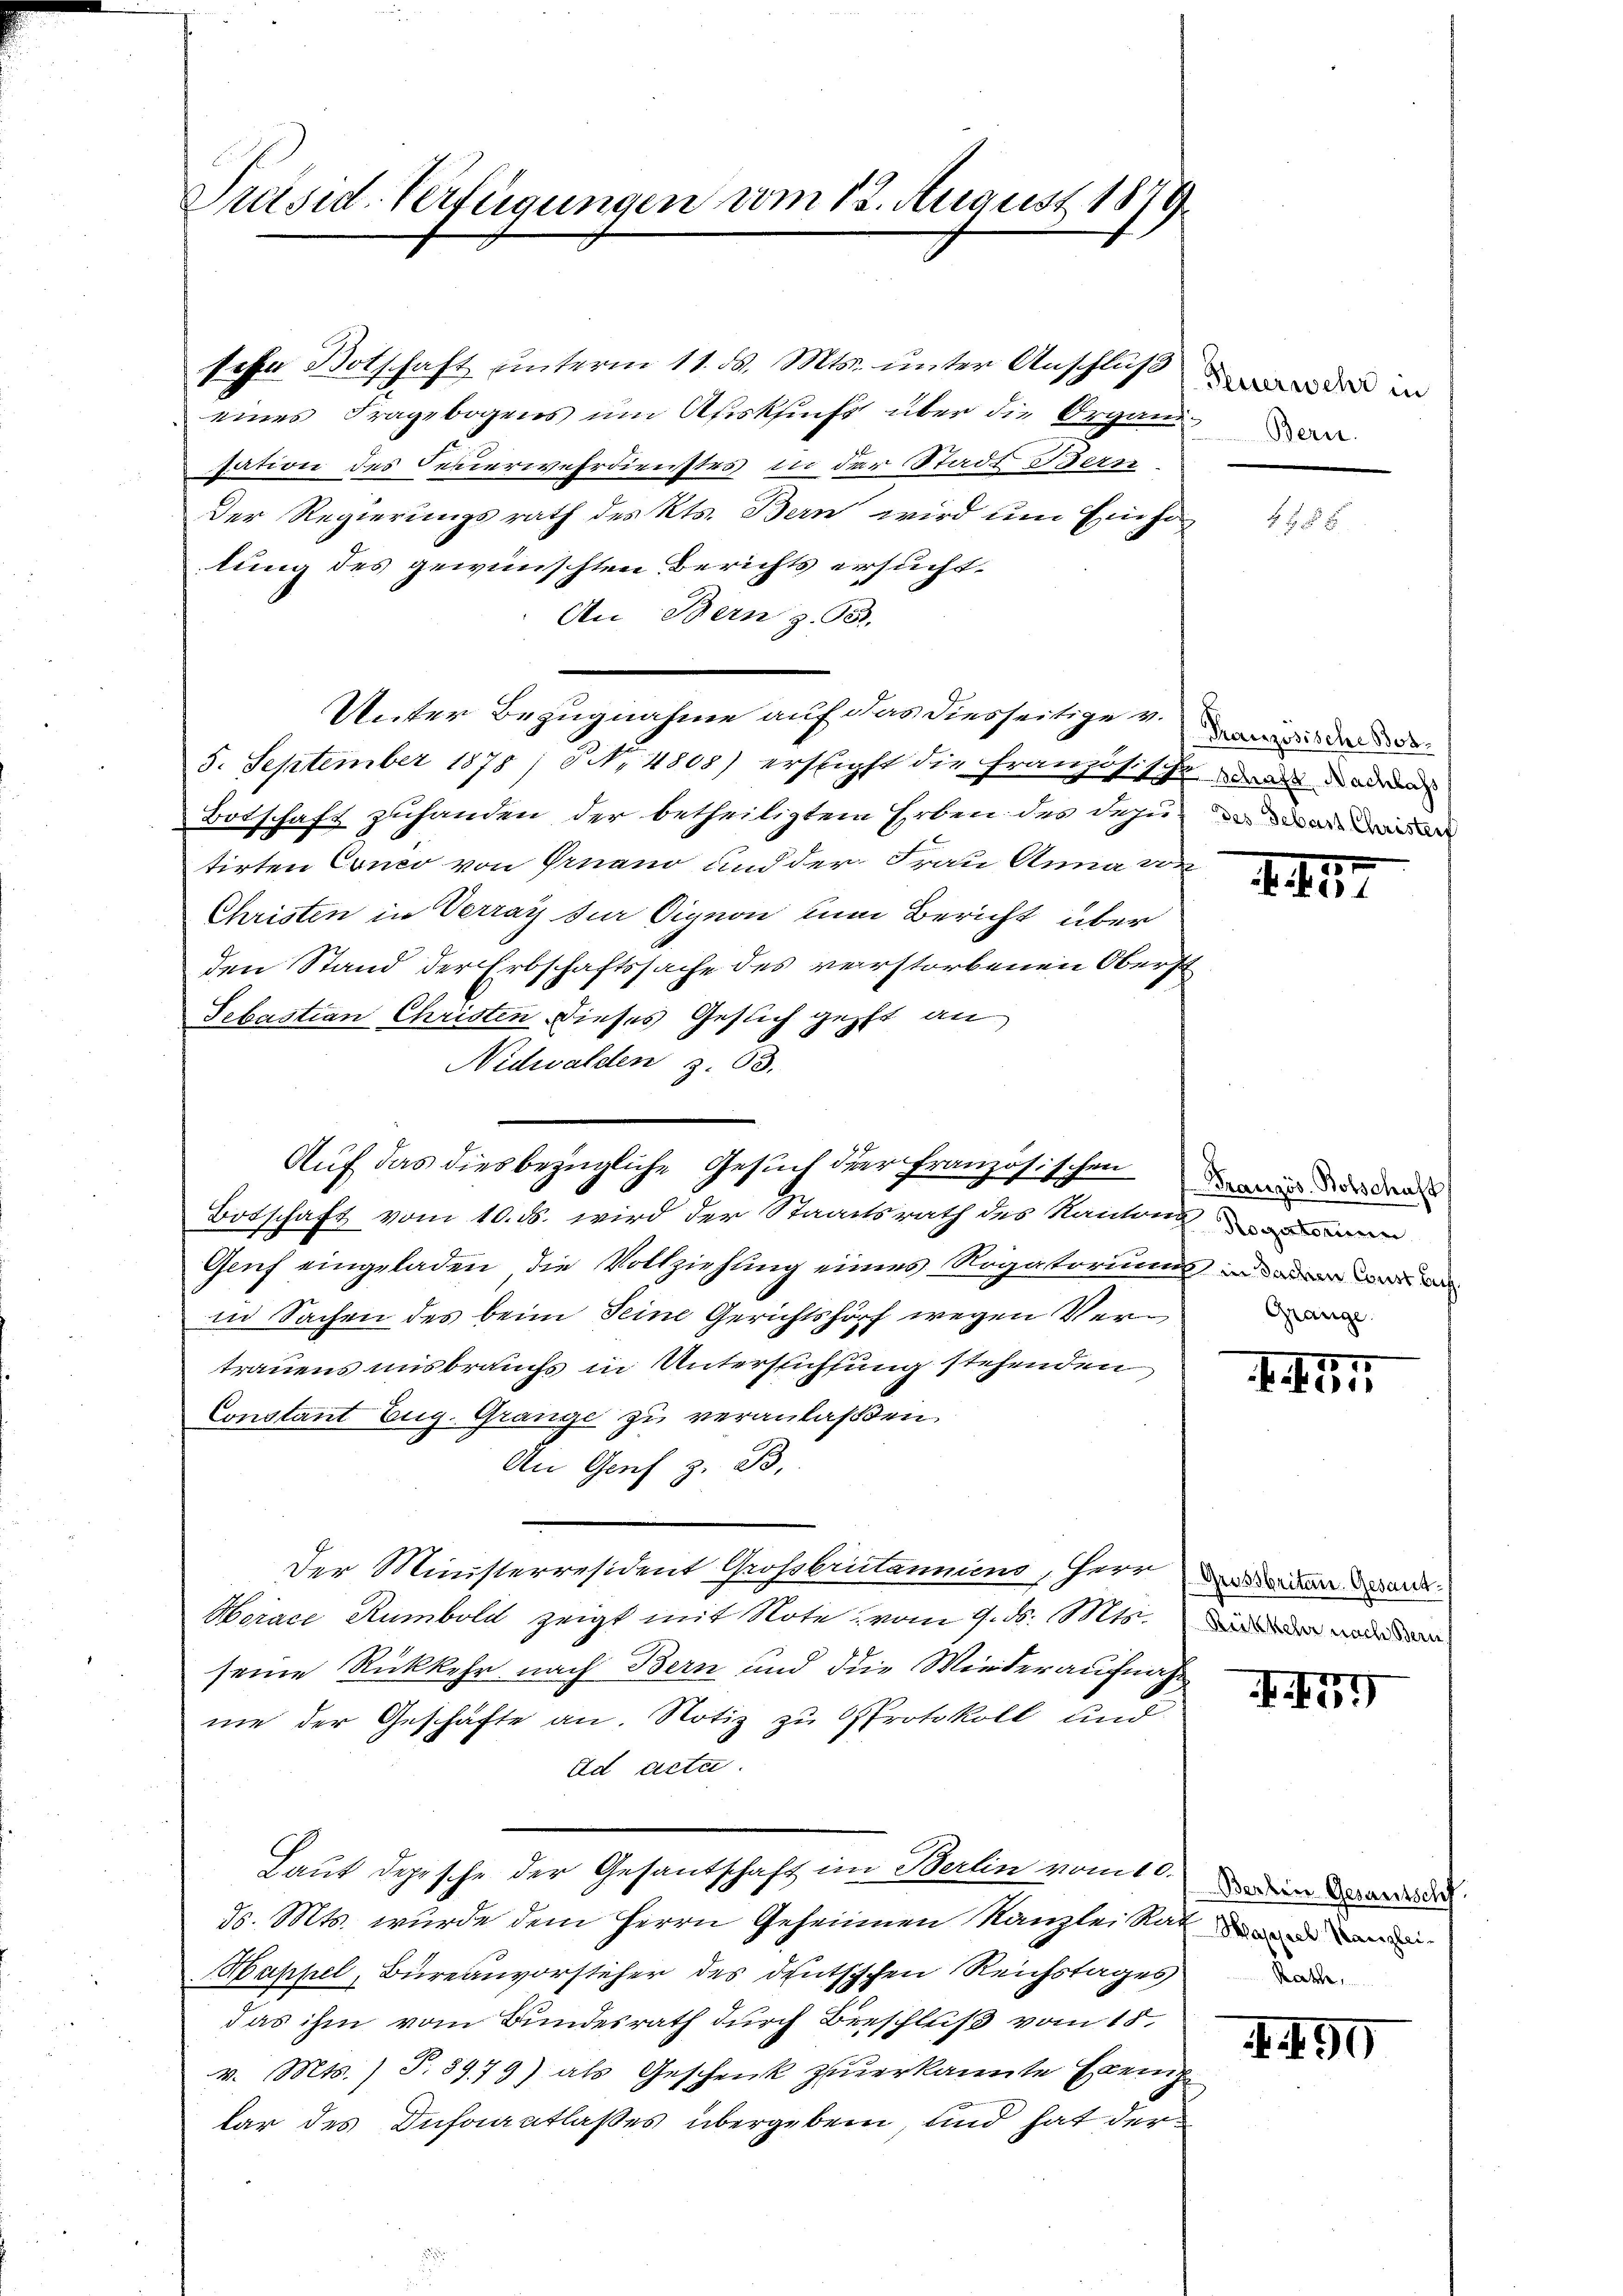
Präsid-Verfügungen vom 13. August 1879.

sehn Botschaft unterm 11. ds. Mts. unter Anschluß
eines Fragebogens um Ausksich über die Organi
tation des Feuerwehrdienstes in der Stadt Berei
Der Regierungsrath des Kts. Bern wird um Einholung des gewünschten Berichts ersucht¬
An Bern z. 93.
Unter Bezugnahme auf das diesseitige v. des der de
5. September 1878 / NNo. 4805) ersticht die französische den ode
Botschaft zuhanden der betheiligtem Erben des dazu das ander
tirten Conco von Grand und der Frau Anna vor
Christen in Verray die Signon zum Bericht über
den Stand der Erbschaftssache des verstorbenen Oberst
Sebastian Christen dieses Gesich geht an
Nidwalden z. 63.
Botschaft vom 10. ds. wird der Staatsrath des Kantona
Genf eingeladen, die Vollziehung eines Rogatoriums in der der
in Sachen des beim Seine Gerichtshof wegen Vertrauens misbrauchs in Untersuchtung stehenden
Constant Eug. Gränze zu veranlaßen
An Genf z. B.
Der Ministerresident Grossbritanniens, Herr
Horace Rumbold zeigt mit Note vom 9. ds. Mts.
seine Rückkehr nach Bern und die Wiederaufnahnie der Geschäfte an. Notiz zu Protokoll und
ad acte.
Laut depische der Gesandschaft im Berlin vom Dein Verorde
ds. Mts. wurde dem Herrn Geheimen Kanzlei Rat dem
Mappel, Bureauvorsteher des deutsischen Reichstages
das ihm vom Bundesrath durch Beeschluß vom 15.
v. Mts. ) T.8979) als Geschenk zuverkannte Exempe
lar des Infantlaßes übergeben, und hat der

Auf das diesbezügliche Gesuch der französischen

Feuerwehr in

1

d. d. 17

Französ. Botschaft
Grange.

. I. 74

Grussbritan. Gesand.
Reikkehr nach Bern

457

Rath

I 99